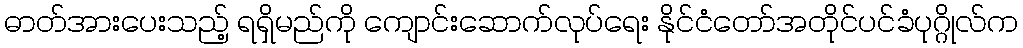
ဓာတ်အားပေးသည့် ရရှိမည်ကို ကျောင်းဆောက်လုပ်ရေး နိုင်ငံတော်အတိုင်ပင်ခံပုဂ္ဂိုလ်က